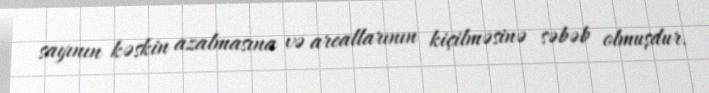
sayının kəskin azalmasına və areallarının kiçilməsinə səbəb olmuşdur.